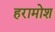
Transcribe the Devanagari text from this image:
हरामोश